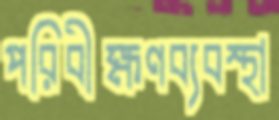
পরিবীক্ষণব্যবস্থা